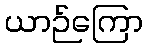
ယာဉ်ကြော